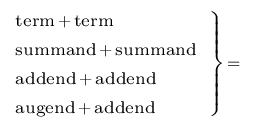
\scriptstyle \left. { \begin{array} { l } { \scriptstyle { \mathrm { t e r m } } \, + \, { \mathrm { t e r m } } } \\ { \scriptstyle { \mathrm { s u m m a n d } } \, + \, { \mathrm { s u m m a n d } } } \\ { \scriptstyle { \mathrm { a d d e n d } } \, + \, { \mathrm { a d d e n d } } } \\ { \scriptstyle { \mathrm { a u g e n d } } \, + \, { \mathrm { a d d e n d } } } \end{array} } \right\} \, =